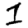
Digit: 1